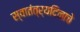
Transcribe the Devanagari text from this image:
स्वातंत्र्यदिनाचे